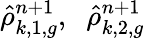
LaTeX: \hat{\rho}_{k,1,g}^{n+1},\; \; \hat{\rho}_{k,2,g}^{n+1}